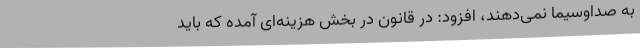
به صداوسیما نمی‌دهند، افزود: در قانون در بخش هزینه‌ای آمده که باید